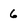
Character: 6